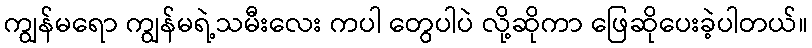
ကျွန်မရော ကျွန်မရဲ့သမီးလေး ကပါ တွေပါပဲ လို့ဆိုကာ ဖြေဆိုပေးခဲ့ပါတယ်။